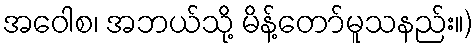
အဝေါစ၊ အဘယ်သို့ မိန့်တော်မူသနည်း။)